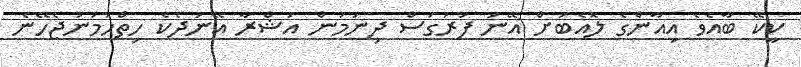
ކީކޭ ބާއެވެ އިއާންގެ ލޮއެބަށް އޭނަ ފުރަގަސް ދިނުމުން އަޝްރާ އޭނަދެކެ ހިތްހަމަނުޖެހޭނެ